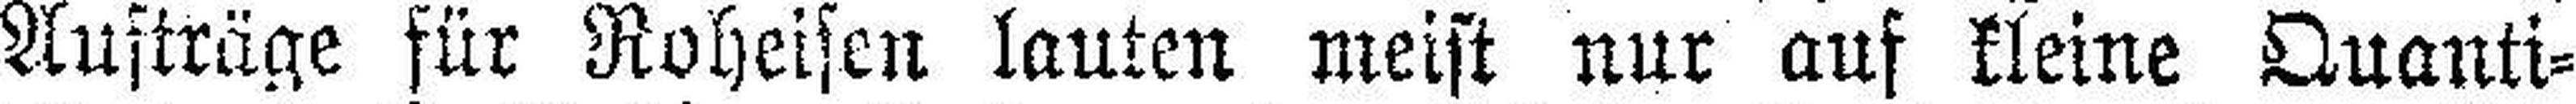
Aufträge für Roheisen lauten meist nur auf kleine Quanti¬